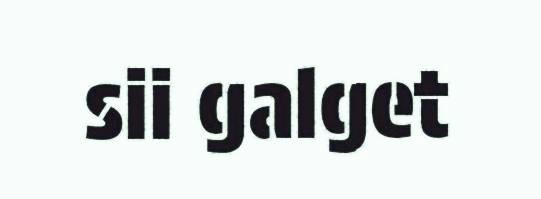
sii galget